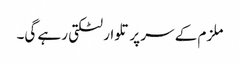
ملزم کے سر پر تلوار لٹکتی رہے گی۔